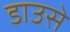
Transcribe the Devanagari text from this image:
डाउसे